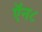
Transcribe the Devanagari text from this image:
ऍन८